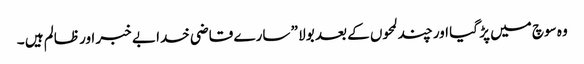
وہ سوچ میں پڑ گیا اور چند لمحوں کے بعد بولا ” سارے قاضی خدا بے خبر اور ظالم ہیں ۔